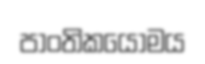
පාංතිකයෝමය